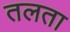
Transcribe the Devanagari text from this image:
तलता